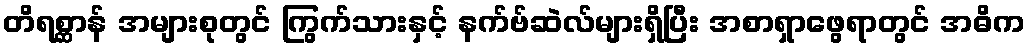
တိရစ္ဆာန် အများစုတွင် ကြွက်သားနှင့် နက်ဗ်ဆဲလ်များရှိပြီး အစာရှာဖွေရာတွင် အဓိက